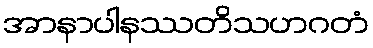
အာနာပါနဿတိသဟဂတံ